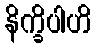
နိက္ခိပါဟိ